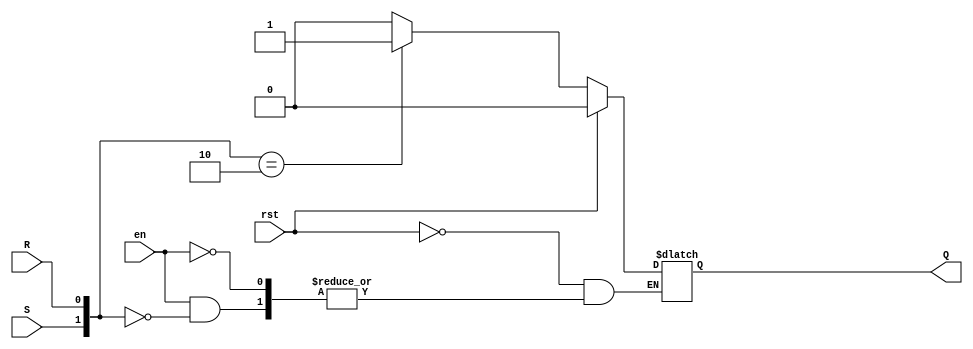
`timescale 1ns / 1ps

module SR_latch(
    input en, rst, S, R, 
    output reg Q
    ); 
    
    always@(*)
        begin 
            if(rst) Q<= 1'b0;
            else if(en) begin
                case({S,R})
                    2'b00 : Q<= Q;
                    2'b01 : Q<= 1'b0;
                    2'b10 : Q<= 1'b1;
                    default : Q<=2'bxx;
                endcase
                end    
        end
endmodule